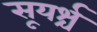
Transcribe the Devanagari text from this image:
सूयर्श्च